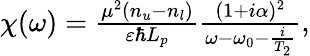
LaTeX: \begin{array}{r}{\chi(\omega)=\frac{\mu^{2}(n_{u}-n_{l})}{\varepsilon\hbar L_{p}}\frac{(1+i\alpha)^{2}}{\omega-\omega_{0}-\frac{i}{T_{2}}},}\end{array}